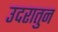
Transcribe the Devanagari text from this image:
उदरातुन